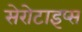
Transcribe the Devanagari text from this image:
सेरोटाइप्स